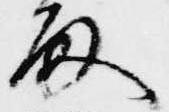
留